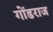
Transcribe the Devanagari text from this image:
गोंडराज